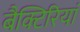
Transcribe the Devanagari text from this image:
बैक्टिरियां